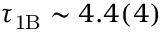
\tau _ { \mathrm { 1 B } } \sim 4 . 4 ( 4 )